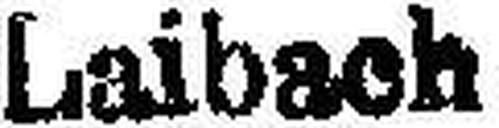
Laibach